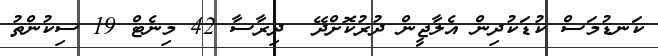
ކަނޑުމަސް ކުޑަކުދިން އެލާޖީން ދުރުކޮށްދޭ  ދިރާސާ 42 މިނެޓް 19 ސިކުންތު